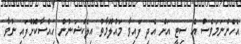
އެހެންނަމަވެސް އެ ސިޓީ އަށް އެދި ފައިވާ މައުލޫމާތު އިލެކްޝަނުން ހިއްސާކޮށްފައި ނުވާ